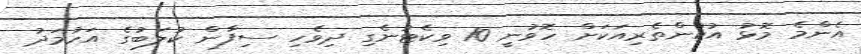
އެންމެ މޮޅު އުކުންތެރިއަކަށް ހޮވުނީ 10 ވިކެޓުނެގި ދިވެހި ސިފާން ކުލަބުގެ އަހުމަދު